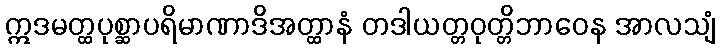
ဣဒမတ္ထပုစ္ဆာပရိမာဏာဒိအတ္ထာနံ တဒါယတ္တဝုတ္တိဘာဝေန အာလသျံ